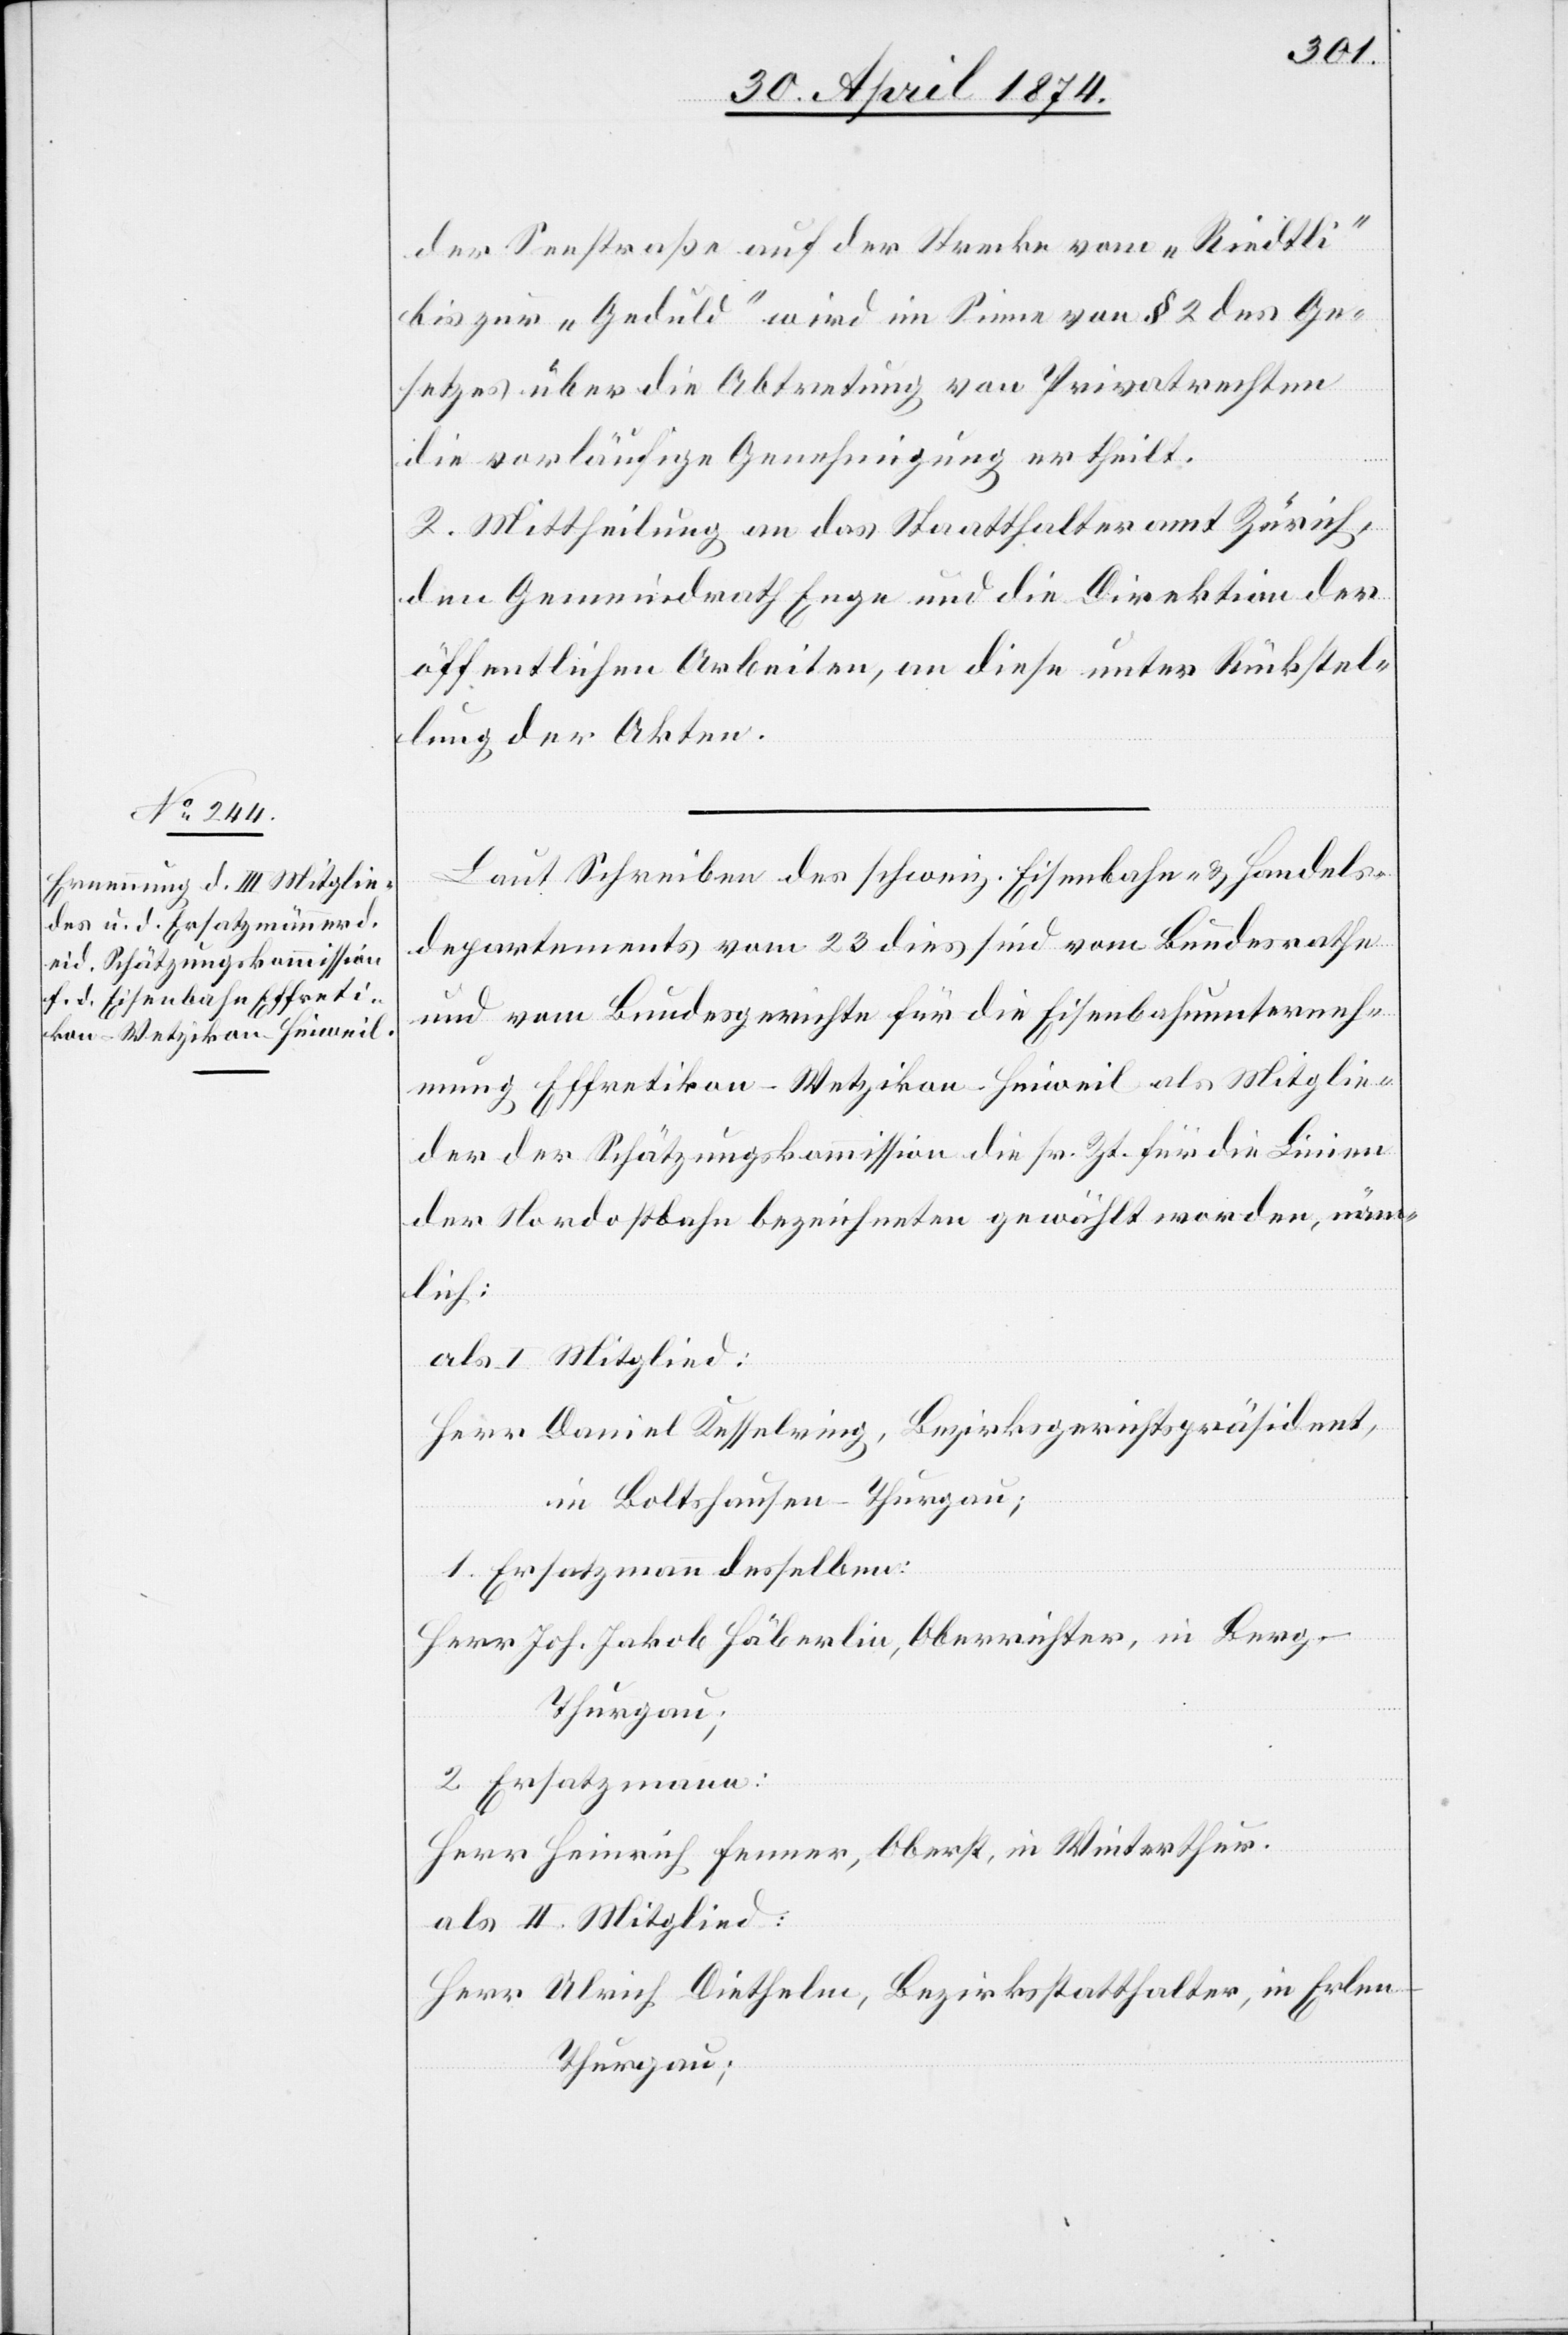
der Seestraße auf der Strecke vom „Riedtli“
bis zur „Geduld“ wird im Sine von § 2 des Ge¬
setzes über die Abtretung von Privatrechten
die vorläufige Genehmigung ertheilt.
2. Mittheilung an das Staatthalteramt [sic!]
den Gemeindrath Enge und die Direktion der
öffentlichen Arbeiten, an diese unter Rückstel¬
lung der Akten.
Laut Schreiben des schweiz. Eisenbahn- u. Handels¬
departements vom 23. dies sind vom Bundesrathe
und vom Bundesgerichte für die Eisenbahnunterneh¬
mung Effretikon-Wetzikon-Hinweil als Mitglie¬
der der Schätzungskommission die sr. Zt. für die Linien
der Nordostbahn bezeichneten gewählt worden, näm¬
lich:
als I Mitglied:
Herr Daniel Kesselring, Bezirksgerichtspräsident,
in Boltshausen-Thurgau;
1. Ersatzmann desselben:
Herr Joh. Jakob Häberlin, Oberrichter, in Berg-T¬
hurgau;
Herr Heinrich Fenner, Oberst, in Winterthur.
als II. Mitglied:
Herr Ulrich Diethelm, Bezirksstatthalter, in Erlen-T¬
hurgau;